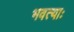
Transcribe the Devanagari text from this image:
भवत्याः